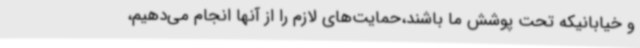
و خیابانیکه تحت پوشش ما باشند،حمایت‌های لازم را از آنها انجام می‌دهیم،